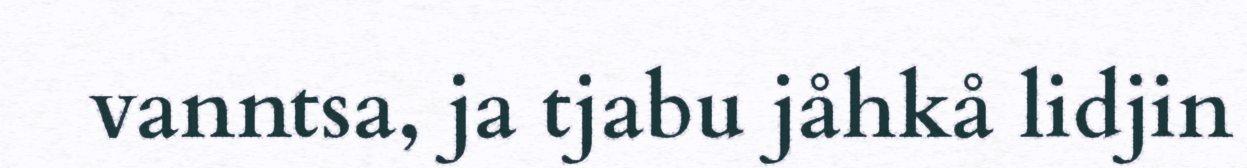
vanntsa, ja tjabu jåhkå lidjin